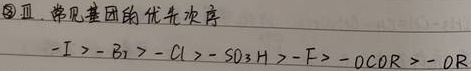
\textcircled{2}Ⅱ. 常见基团的优先次序 $-\mathrm{I} > -\mathrm{Br} > -\mathrm{Cl} > -\mathrm{SO}_{3}\mathrm{H} > -\mathrm{F} > -\mathrm{OCOR} > -\mathrm{OR}$